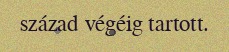
század végéig tartott.